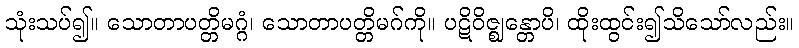
သုံးသပ်၍။ သောတာပတ္တိမဂ္ဂံ၊ သောတာပတ္တိမဂ်ကို။ ပဋိဝိဇ္ဈန္တောပိ၊ ထိုးထွင်း၍သိသော်လည်း။